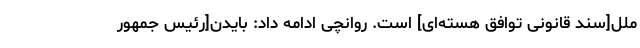
ملل[سند قانونی توافق هسته‌ای] است. روانچی ادامه داد: بایدن[رئیس جمهور